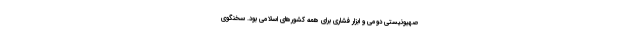
صهیونیستی دومی و ابزار فشاری برای همه کشورهای اسلامی بود. سخنگوی